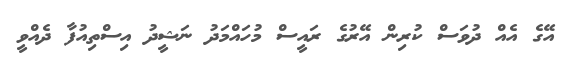
އޭގެ އެއް ދުވަސް ކުރިން އޭރުގެ ރައީސް މުހައްމަދު ނަޝީދު އިސްތިއުފާ ދެއްވީ